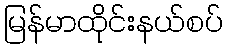
မြန်မာထိုင်းနယ်စပ်